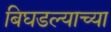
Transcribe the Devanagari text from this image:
बिघडल्याच्या